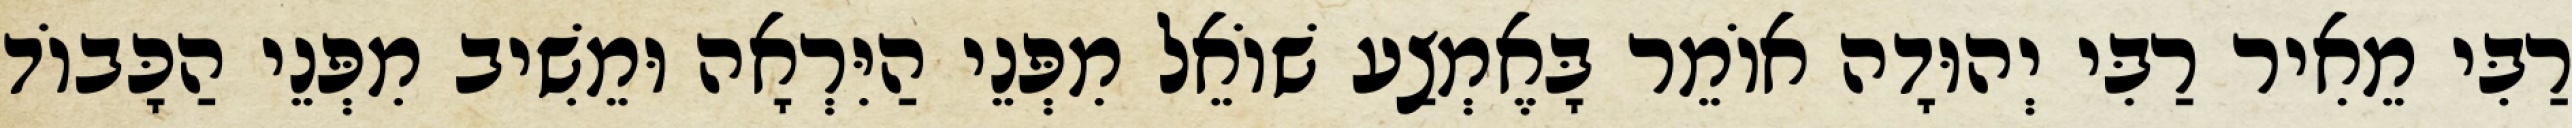
רַבִּי מֵאִיר רַבִּי יְהוּדָה אוֹמֵר בָּאֶמְצַע שׁוֹאֵל מִפְּנֵי הַיִּרְאָה וּמֵשִׁיב מִפְּנֵי הַכָּבוֹד